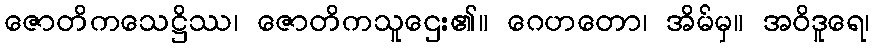
ဇောတိကသေဋ္ဌိဿ၊ ဇောတိကသူဌေး၏။ ဂေဟတော၊ အိမ်မှ။ အဝိဒူရေ၊